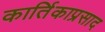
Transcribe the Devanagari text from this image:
कार्तिकाप्रसाद